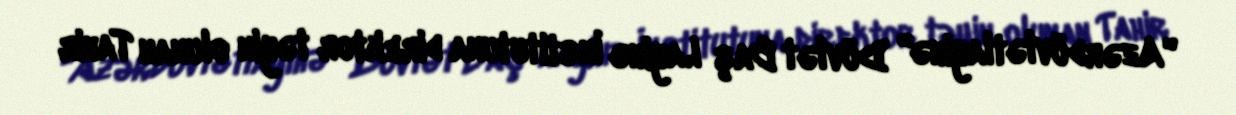
"Azərdövlətlayihə" Dövlət Baş Layihə İnstitutuna direktor təyin olunan Tahir